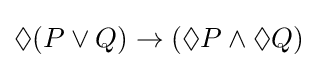
\Diamond (P\lor Q)\rightarrow (\Diamond P\land \Diamond Q)